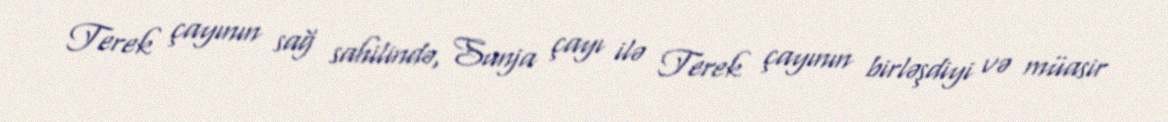
Terek çayının sağ sahilində, Sunja çayı ilə Terek çayının birləşdiyi və müasir